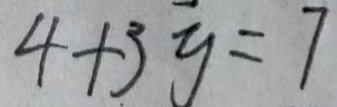
4 + 3 y = 7